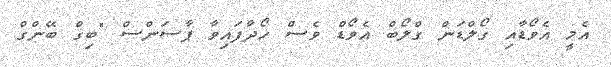
އެމީ އެވޯޑާއި ގޯލްޑަން ގްލޯބް އެވޯޑް ވެސް ހޯދާފައިވާ ޕާސަންސް "ބިގް ބޭންގް